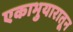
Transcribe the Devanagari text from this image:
एकाभुयारातून